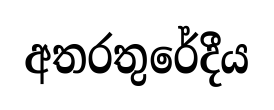
අතරතුරේදීය